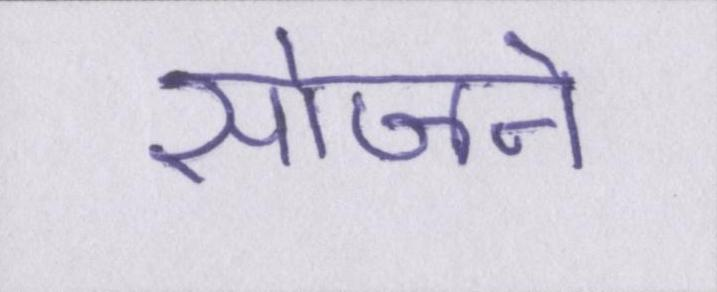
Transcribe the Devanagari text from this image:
सोजने